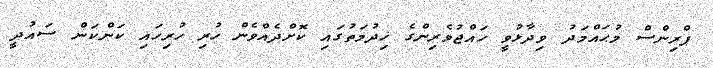
ޕްރިންސް މުޙައްމަދު ވިދާޅުވީ ހައްޖުވެރިންގެ ޚިދުމަތުގައި ކޮށްދެއްވެން ހުރި ހުރިހައި ކަންކަން ސައުދީ